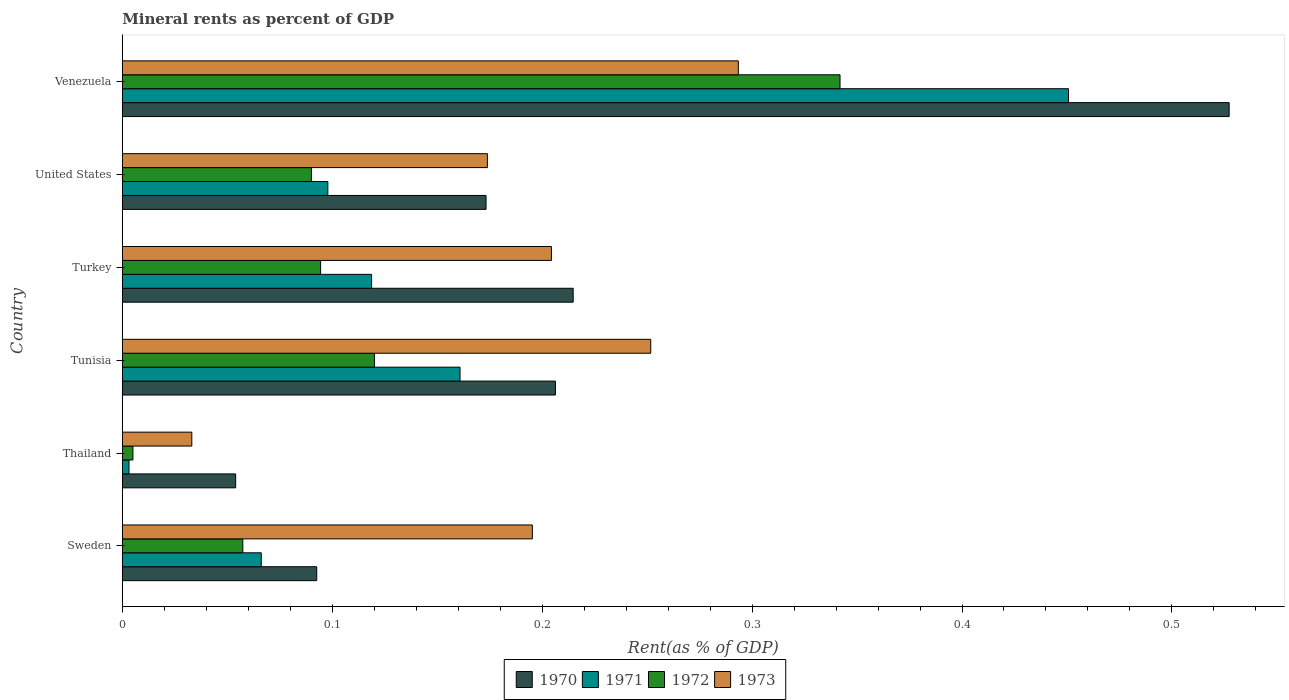
| Country | 1970 | 1971 | 1972 | 1973 |
 | --- | --- | --- | --- | --- |
 | Sweden | 0.0926 | 0.0662 | 0.0574 | 0.195 |
 | Thailand | 0.054 | 0.0032 | 0.00507 | 0.0331 |
 | Tunisia | 0.206 | 0.161 | 0.12 | 0.252 |
 | Turkey | 0.215 | 0.119 | 0.0945 | 0.204 |
 | United States | 0.173 | 0.0979 | 0.0901 | 0.174 |
 | Venezuela | 0.527 | 0.451 | 0.342 | 0.293 |